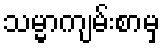
သမ္မာကျမ်းစာမှ